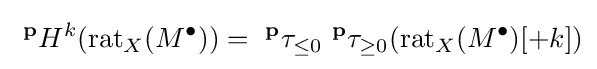
{\text{ }}^{\mathbf {p} }H^{k}({\text{rat}}_{X}(M^{\bullet }))={\text{ }}^{\mathbf {p} }\tau _{\leq 0}{\text{ }}^{\mathbf {p} }\tau _{\geq 0}({\text{rat}}_{X}(M^{\bullet })[+k])